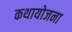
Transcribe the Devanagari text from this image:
कथायोजना